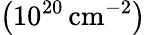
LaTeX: \left(10^{20}\thinspace\mathrm{cm}^{-2}\right)